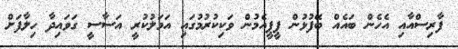
ފާރިސްއާއި އެހެން ބައެއް ބޭފުޅުން ޕީޕީއެމުން ވަކިކުރުމުގައި އަމަލުކުރީ އަސާސީ ގަވައިދާ ހިލާފަށް